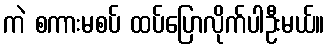
ကဲ စကားမစပ် ထပ်ပြောလိုက်ပါဦးမယ်။